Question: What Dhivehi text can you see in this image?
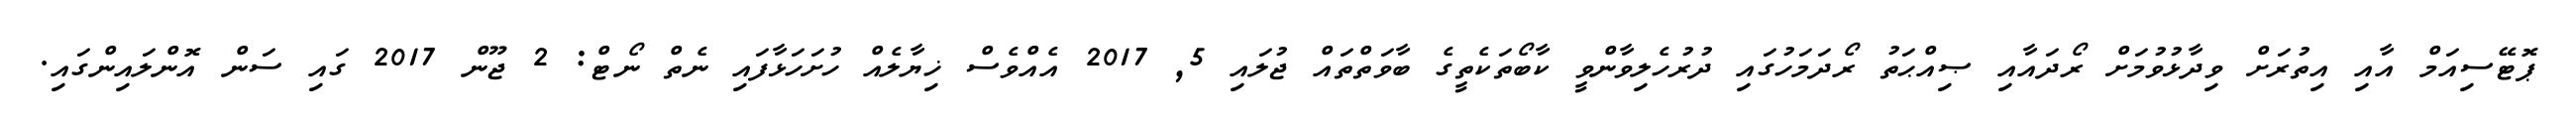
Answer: ޕޮޓޭސިއަމް އާއި އިތުރަށް ވިދާޅުވުމަށް ރޯދައާއި ޞިއްޙަތު ރޯދަމަހުގައި ދުރުހެލިވާންވީ ކާބޯތަކެތީގެ ބާވަތްތައް ޖުލައި 5, 2017 އެއްވެސް ޚިޔާލެއް ހުށަހަޅާފައި ނެތް ނޯޓް: 2 ޖޫން 2017 ގައި ސަން އޮންލައިންގައި.